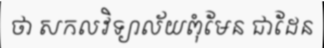
ថា សកលវិទ្យាល័យពុំមែន ជាដែន